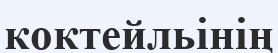
коктейльінің